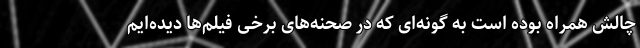
چالش همراه بوده است به گونه‌ای که در صحنه‌های برخی فیلم‌ها دیده‌ایم